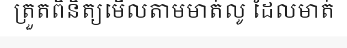
ត្រួតពិនិត្យមើលតាមមាត់លូ ដែលមាត់